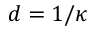
d = 1 / \kappa